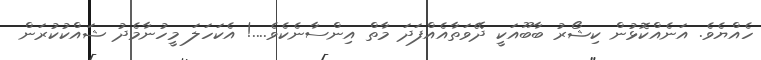
ހެއްޔެވެ. އަނެއްކޮޅުން ކިޝޯރު ބާބޫއަކީ ދޭވަތާއެއްފަދަ މާތް އިންސާނެކެވެ....! އެކަހަލަ މީހުނާމެދު ޝައްކުކުރަން